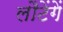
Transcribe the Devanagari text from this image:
लौटेंगें